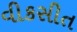
વીકસીત